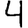
Digit: 4